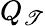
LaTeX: Q_{\mathscr{T}}